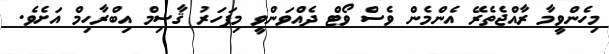
މިހެންވީމާ ރާއްޖެތެރޭ އެންމެން ވެސް ވޯޓް ދެއްވަންވީ މިފަހަރު ޤާސިމް އިބްރާހިމް އަށެވެ.